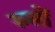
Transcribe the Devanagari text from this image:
रुलों